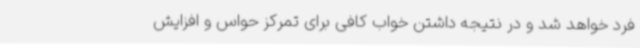
فرد خواهد شد و در نتیجه داشتن خواب کافی برای تمرکز حواس و افزایش